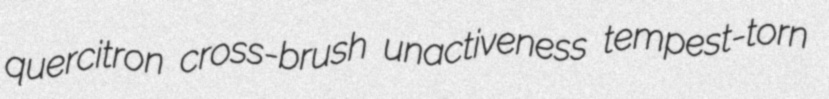
quercitron cross-brush unactiveness tempest-torn